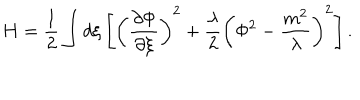
LaTeX: H = \frac { 1 } { 2 } \int d \xi \left[ \left( \frac { \partial \Phi } { \partial \xi } \right) ^ { 2 } + \frac { \lambda } { 2 } \left( \Phi ^ { 2 } - \frac { m ^ { 2 } } { \lambda } \right) ^ { 2 } \right] .